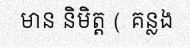
មាន និមិត្ត ( គន្លង